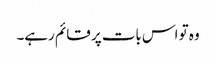
وہ تو اس بات پر قائم رہے۔